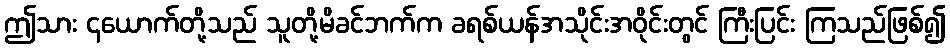
ဤသား ၄ယောက်တို့သည် သူတို့မိခင်ဘက်က ခရစ်ယန်အသိုင်းအဝိုင်းတွင် ကြီးပြင်း ကြသည်ဖြစ်၍